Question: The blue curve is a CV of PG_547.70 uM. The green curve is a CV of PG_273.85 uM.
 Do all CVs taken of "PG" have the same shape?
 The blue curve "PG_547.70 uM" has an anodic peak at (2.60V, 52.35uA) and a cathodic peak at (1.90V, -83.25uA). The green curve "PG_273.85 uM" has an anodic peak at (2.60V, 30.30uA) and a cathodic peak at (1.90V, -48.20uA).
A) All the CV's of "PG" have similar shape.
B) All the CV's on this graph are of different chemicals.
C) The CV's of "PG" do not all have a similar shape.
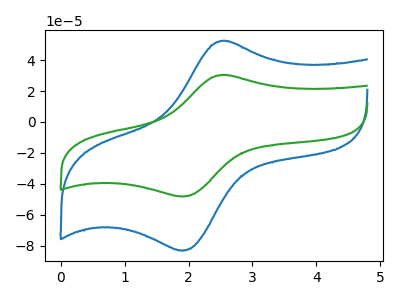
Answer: <think>All the peaks in "PG_547.70 uM" have a peak in "PG_273.85 uM" at the same potential. Every peak in "PG_547.70 uM" is higher than every peak in "PG_273.85 uM".
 </think>
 <answer>A) All the CV's of "PG" have similar shape.</answer>
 <eval>A</eval>